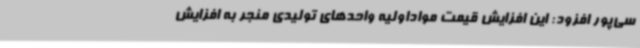
سی‌پور افزود: این افزایش قیمت مواداولیه واحدهای تولیدی منجر به افزایش